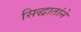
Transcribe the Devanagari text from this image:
सिद्धातांने